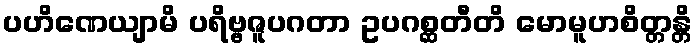
ပဟိဏေယျာမိ ပရိဗ္ဗဇူပဂတာ ဥပဂစ္ဆတီတိ မောမူဟစိတ္တန္တိ